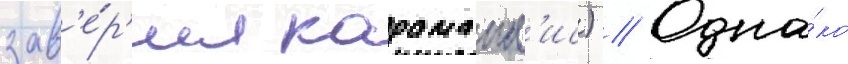
зав'е́р'ил караманл'ис) // Одна́ко